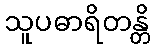
သူပဓာရိတန္တိ